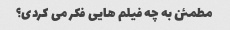
مطمئن به چه فیلم هایی فکر می کردی؟